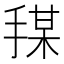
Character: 𪮍